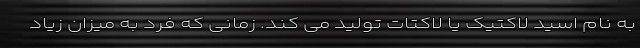
به نام اسید لاکتیک یا لاکتات تولید می کند. زمانی که فرد به میزان زیاد